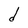
Character: d